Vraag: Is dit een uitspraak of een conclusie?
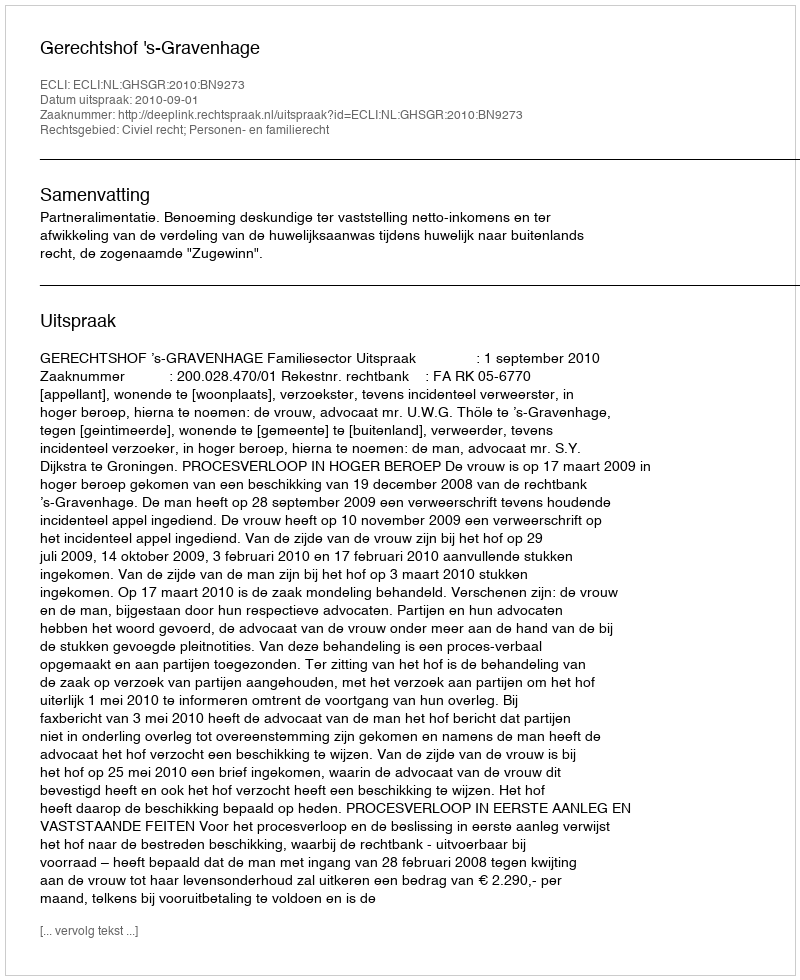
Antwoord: Uitspraak